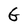
Character: G